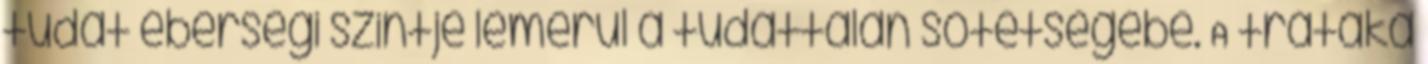
tudat éberségi szintje lemerül a tudattalan sötétségébe. A trátaka